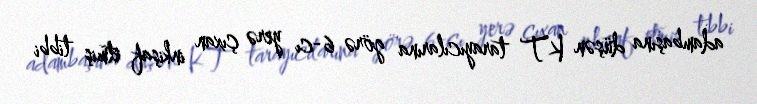
adambaşına düşən KT tarayıcılarına görə 6-cı yerə çıxan inkişaf etmiş tibbi